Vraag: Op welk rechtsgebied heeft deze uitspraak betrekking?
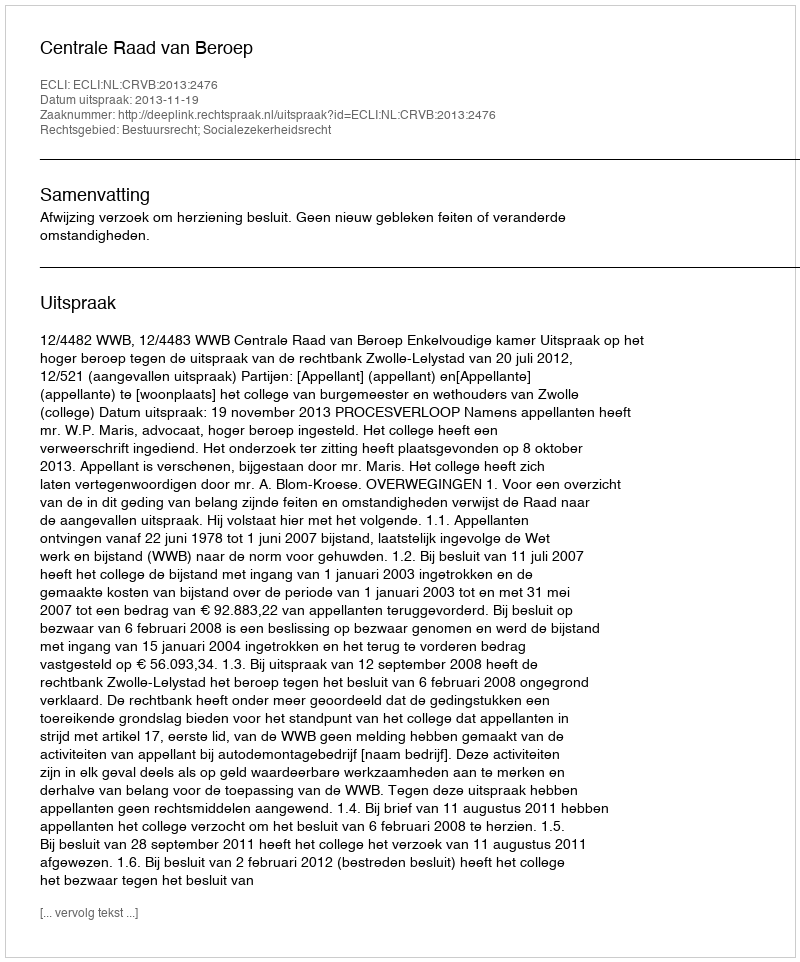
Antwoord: Bestuursrecht; Socialezekerheidsrecht